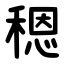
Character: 䅰